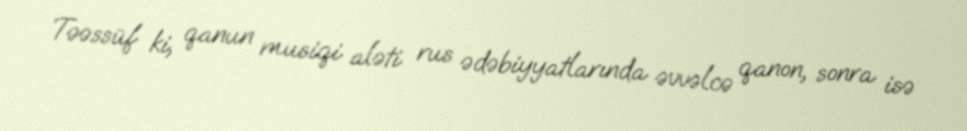
Təəssüf ki, qanun musiqi aləti rus ədəbiyyatlarında əvvəlcə qanon, sonra isə